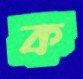
ক